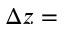
\Delta z =